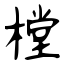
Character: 樘